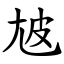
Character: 㝿